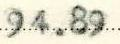
94.89